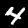
Label: 4